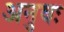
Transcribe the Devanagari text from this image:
अनुवः